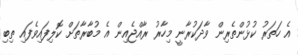
އެ ހަތަރު ކުޅުންތެރިން ވާދަކުރާނީ މިހާރު ރާއްޖެއިން އެ މުބާރާތަށް ކޮލިފައިވެފައި ތިބި